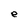
Character: e